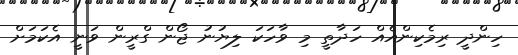
ހިންދީ ރިމެކިންއެއް ހަދާތީ މި ވާހަކަ ލިޔުނު ޖޯން ގްރީން ވަނީ އެކަމަށް